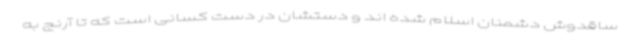
ساقدوش دشمنان اسلام شده اند و دستشان در دست کسانی است که تا آرنج به